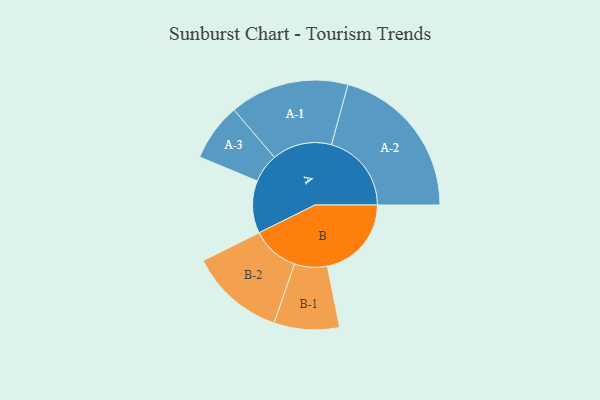
{"axis": {"x": "Segment", "y": "Value"}, "legend": ["", "A", "B"], "data": [{"x": "A", "y": 191, "type": ""}, {"x": "B", "y": 306, "type": ""}, {"x": "A-1", "y": 217, "type": "A"}, {"x": "A-2", "y": 291, "type": "A"}, {"x": "A-3", "y": 105, "type": "A"}, {"x": "B-1", "y": 119, "type": "B"}, {"x": "B-2", "y": 173, "type": "B"}]}